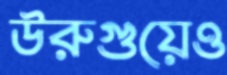
উরুগুয়েও